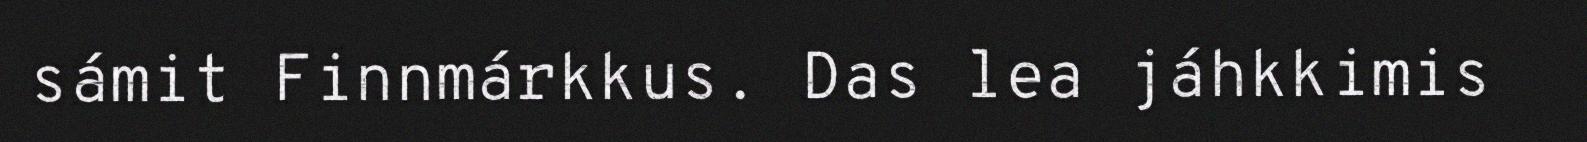
sámit Finnmárkkus. Das lea jáhkkimis